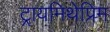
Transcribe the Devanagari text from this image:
ट्रायमिथेप्रिम